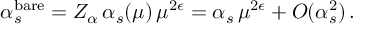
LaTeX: \alpha _ { s } ^ { \mathrm { b a r e } } = Z _ { \alpha } \, \alpha _ { s } ( \mu ) \, \mu ^ { 2 \epsilon } = \alpha _ { s } \, \mu ^ { 2 \epsilon } + O ( \alpha _ { s } ^ { 2 } ) \, .